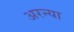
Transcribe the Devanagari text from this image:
अरन्या